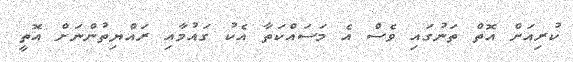
ކުރިއަށް އޮތް ތަނުގައި ވެސް އެ މަސައްކަތާ އެކު ގައުމާއި ރައްޔިތުންނަށް އޮތީ